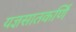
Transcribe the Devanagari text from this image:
यज्ञसातकर्णि